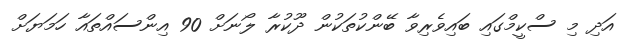
އަދި މި ސްކީމްގައި ބައިވެރިވާ ބޭންކުތަކުން ދޫކުރާ ލޯނަށް 90 އިންސައްތައާ ހަމަޔަށް